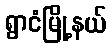
ရွာငံမြို့နယ်